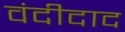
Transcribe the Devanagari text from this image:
वंदीदाद